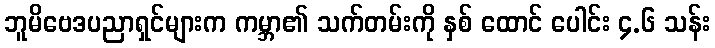
ဘူမိဗေဒပညာရှင်များက ကမ္ဘာ၏ သက်တမ်းကို နှစ် ထောင် ပေါင်း ၄.၆ သန်း